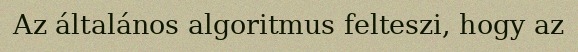
Az általános algoritmus felteszi, hogy az